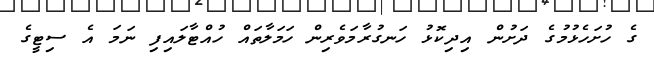
ގެ ހުށަހެޅުމުގެ ދަށުން އިދިކޮޅު ހަނގުރާމަވެރިން ހަމަލާތައް ހުއްޓާލައިފި ނަމަ އެ ސިޓީގެ